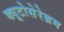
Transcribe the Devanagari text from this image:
ड्यूटोसेरेब्रम